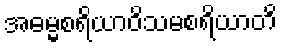
အဓမ္မစရိယာဝိသမစရိယာတိ